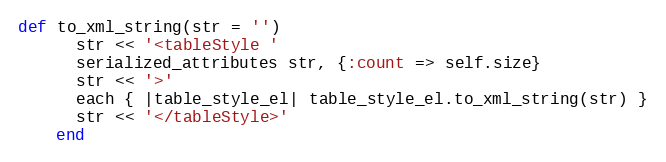
Language: Ruby
def to_xml_string(str = '')
      str << '<tableStyle '
      serialized_attributes str, {:count => self.size}
      str << '>'
      each { |table_style_el| table_style_el.to_xml_string(str) }
      str << '</tableStyle>'
    end